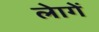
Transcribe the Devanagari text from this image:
लेागें